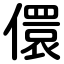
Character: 儇